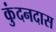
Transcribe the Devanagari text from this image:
कुंदनदास